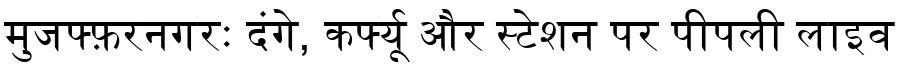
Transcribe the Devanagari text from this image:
मुजफ्फ़रनगरः दंगे, कर्फ्यू और स्टेशन पर पीपली लाइव